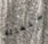
استغاثة